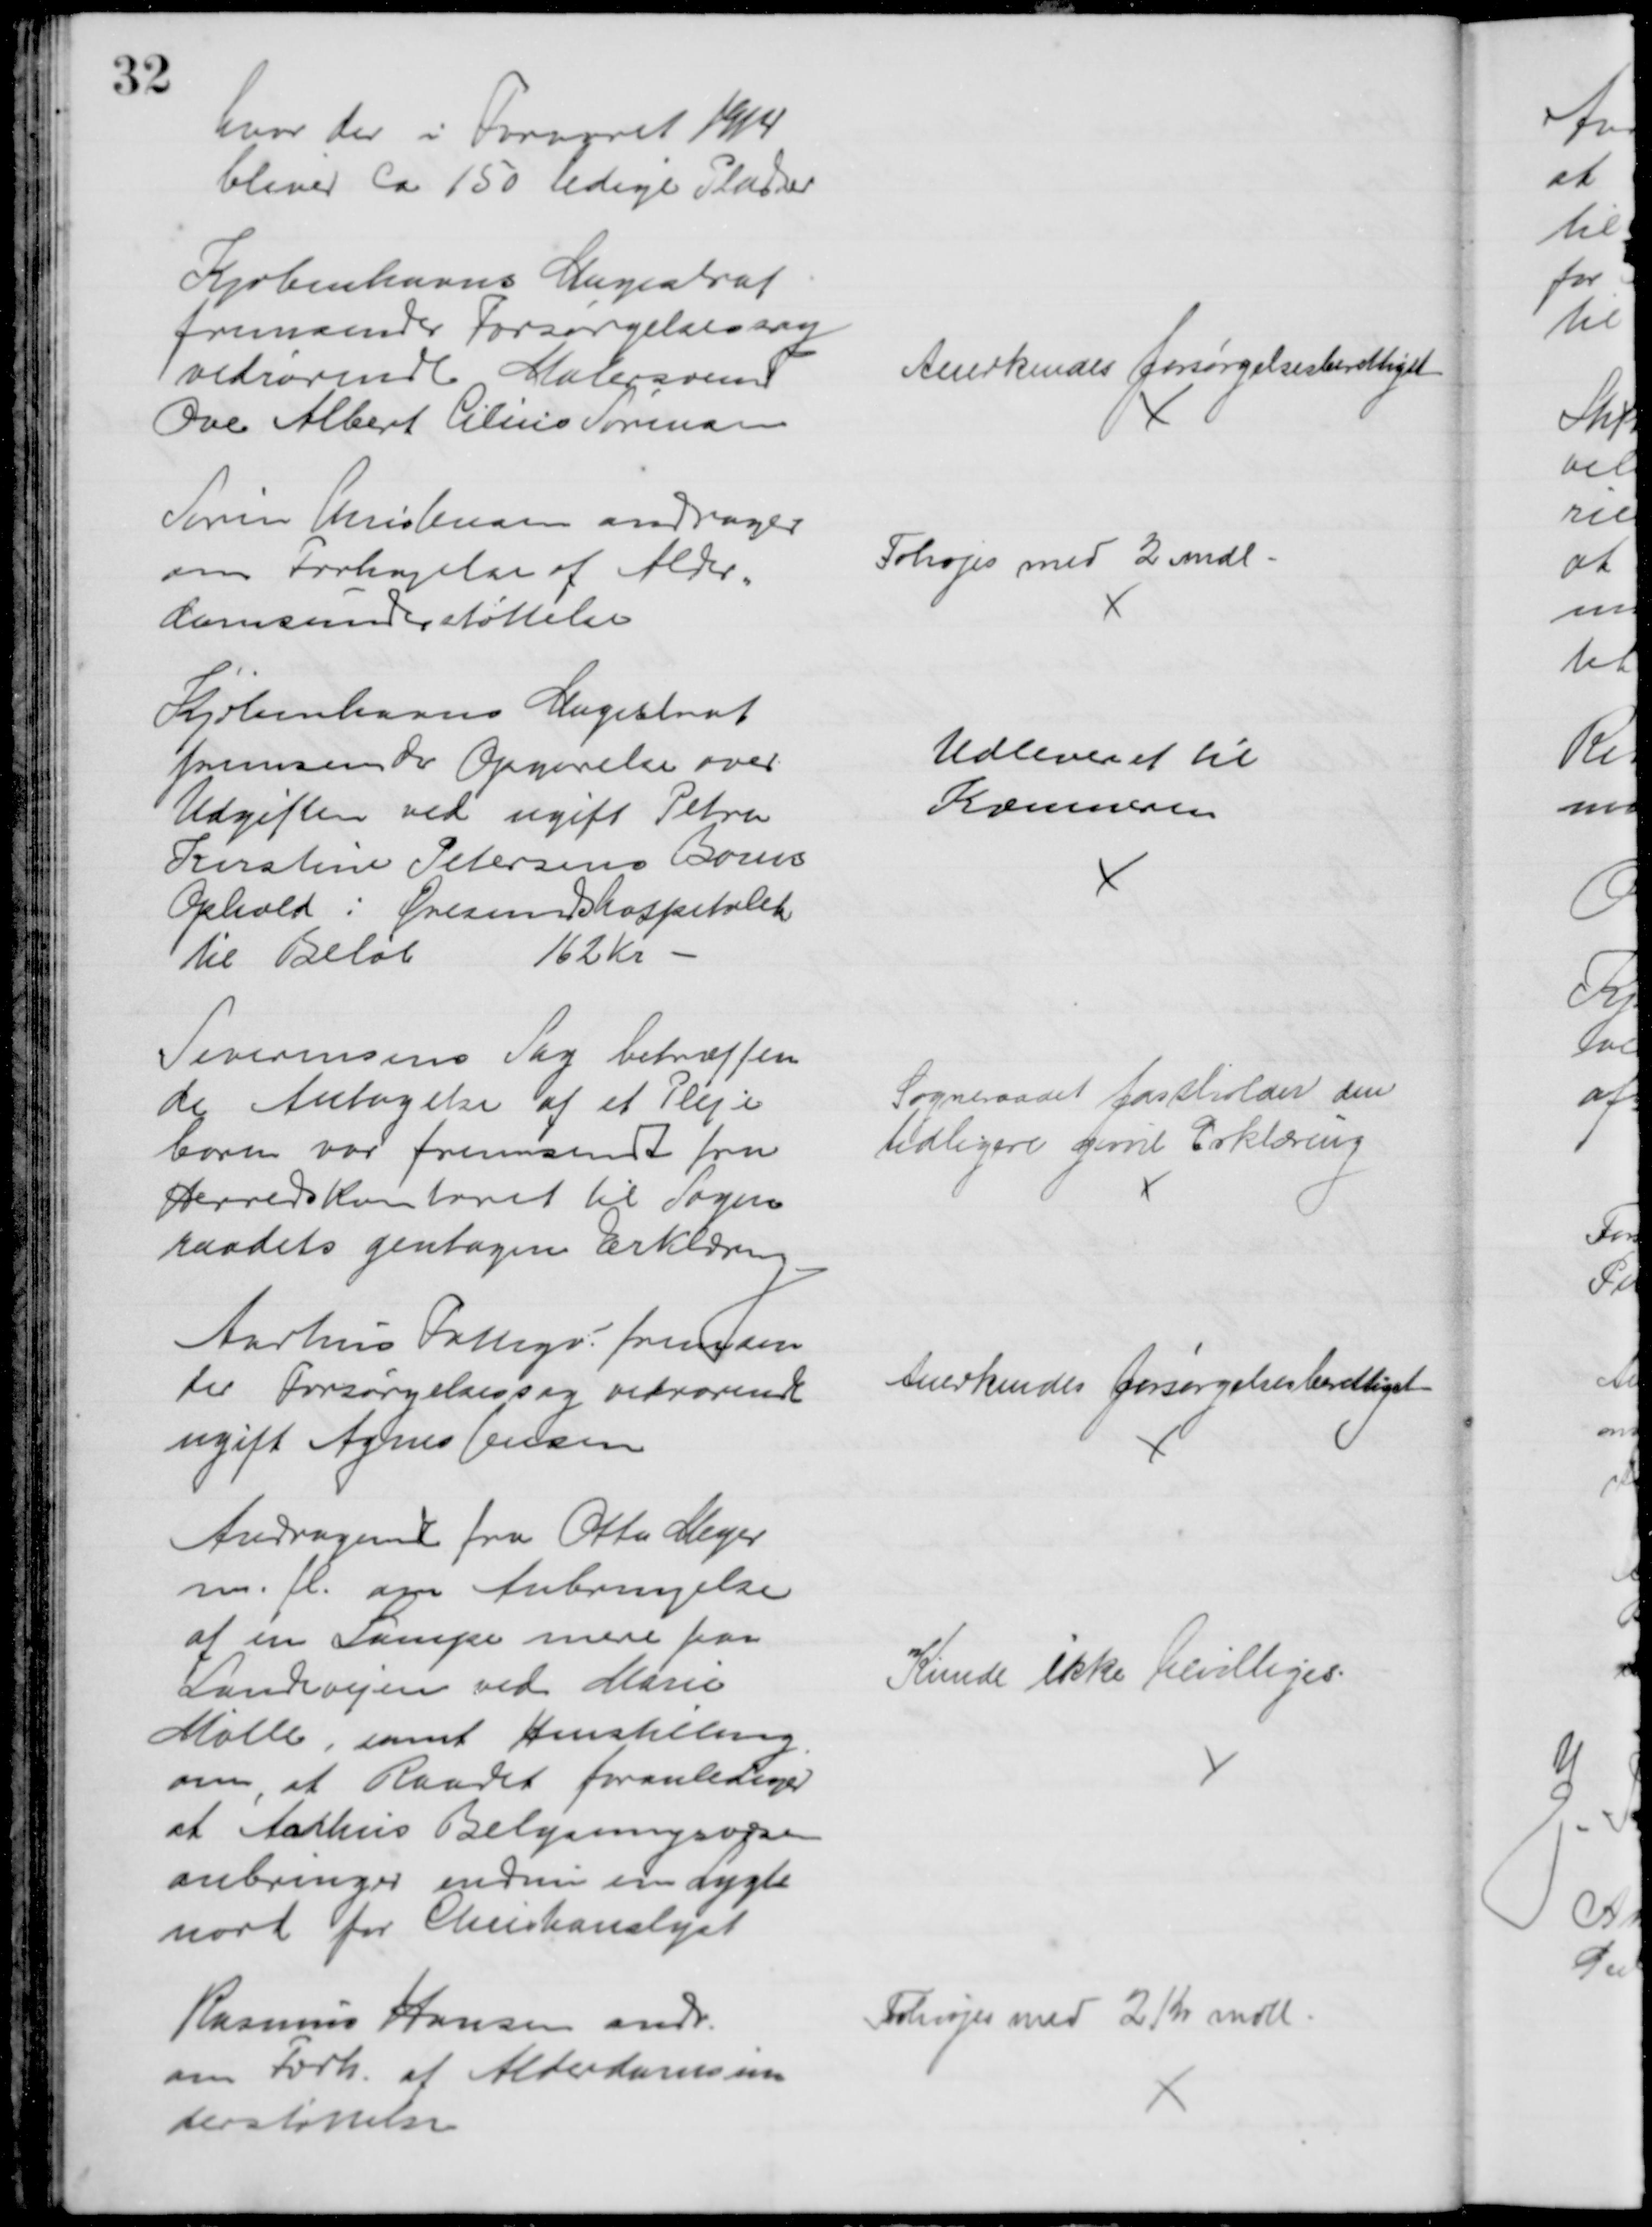
Transskription:
hvor der i Foraaret 1914
bliver ca 150 ledige Pladser
Kjøbenhavns Magistrat
fremsender Forsørgelsessag
vedrørende Malersvend
Ove Albert Cilius Sørensen
Anerkendes forsørgelsesberettiget
Søren Christensen andrager
om Forhøjelse af Alder=
domsunderstøttelse
Fohøjes med 2 mdl.
Kjøbenhavns Magistrat
fremsender Opgørelse over
Udgiften ved ugift Petra
Kirstine Petersens Barns
Ophold i Øresundshospitalet
til Beløb
162 Kr 
Udleveret til 
Kæmneren
Severinsens Sag betræffen
de Antagelse af et Pleje
barn var fremsendt fra
Herredskontoret til Sogne=
raadets gentagen Erklæring
Sogneraadet fastholder den
tidligere givne Erklæring
Aarhus Fattigv fremsen
der Forsørgelsessag vedrørende
ugift Agnes Jensen
Anerkendes forsørgelsesberettiget
Andragende fra Otto Meyer
m. fl. om Anbringelse
af en Lampe mere paa
Landevejen ved Marie
Mølle, samt Henstilling
om, at Raadet foranledninger
at Aarhus Belysningsvæsen
anbringer endnu en Lygte
nord for Christianslyst
Kunde ikke bevilliges.
Rasmus Hansen andr.
om Forh. af Alderdomsun
derstøttelsen
Forhøjes med 2 Kr mdl.